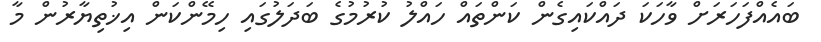
ބައެއްފަހަރަށް ވާހަކަ ދައްކައިގެން ކަންތައް ހައްލު ކުރުމުގެ ބަދަލުގައި ހިމޭންކަން އިޚުތިޔާރުން މާ